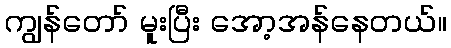
ကျွန်တော် မူးပြီး အော့အန်နေတယ်။